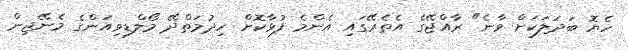
ހެޔޮ ބަދަލަކަށް ވާނެ" ރާއްޖޭގެ އެތެރޭގައި އެންމެ ފުޅާކޮށް ހިދުމަތްދޭ މޯލްޑިވިއަންގެ މެނޭޖިން